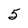
Character: 5